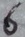
Text: 6